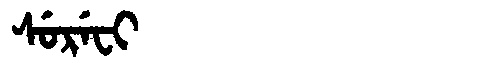
Manchu: ᠰᡠᡵᡝᠸᡳ
Romanization: SUREFI